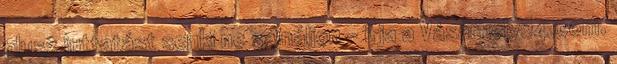
plusz juttatást senki ne sajnáljon - írja a Vásárhely24.com.